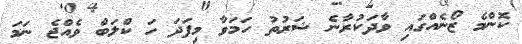
ކޮންމެ ޒޯނެއްގައި ވާދަކުރާނެ ޝަރުތު ހަމަވާ މިފަދަ ހަ ކްލަބް ވެއްޖެ ނަމަ